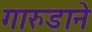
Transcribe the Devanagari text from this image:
गारुडाने